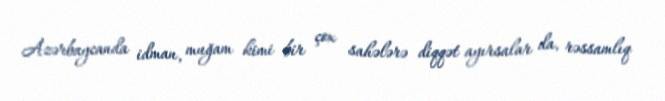
Azərbaycanda idman, muğam kimi bir çox sahələrə diqqət ayırsalar da, rəssamlıq